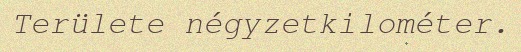
Területe négyzetkilométer.